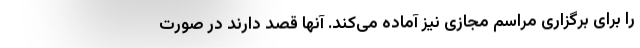
را برای برگزاری مراسم مجازی نیز آماده می‌کند. آنها قصد دارند در صورت